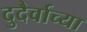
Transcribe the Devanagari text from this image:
दुदैर्वाच्या